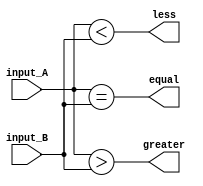
module comparator (
    input [15:0] input_A,
    input [15:0] input_B,
    output equal,
    output greater,
    output less
);

assign equal = (input_A == input_B);
assign greater = (input_A > input_B);
assign less = (input_A < input_B);

endmodule